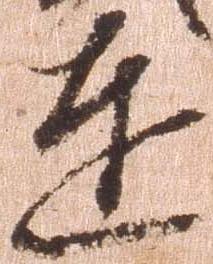
達